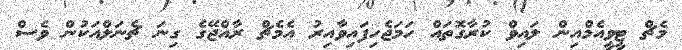
މެޗް ޓީވީއެމްއިން ލައިވް ކުރާގޮތައް ހަމަޖެހިފައިވާއިރު އެމެޗް ރާއްޖޭގެ ގިނަ ޗެނަލްއަކުން ވެސް